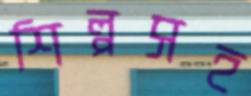
শিল্পসহ